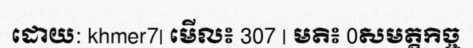
ដោយ: khmer7| មើល៖ 307 | មតិ៖ 0សមត្តកិច្ច